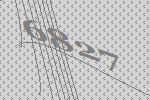
6827